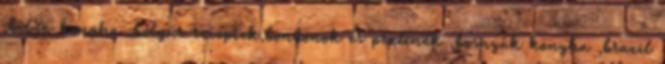
,belga konyha ,bolgár receptek,bonbonok és pralinék ,bosnyák konyha ,brazil